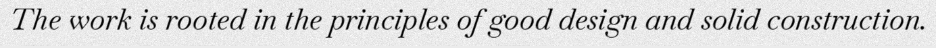
The work is rooted in the principles of good design and solid construction.